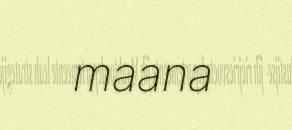
maana